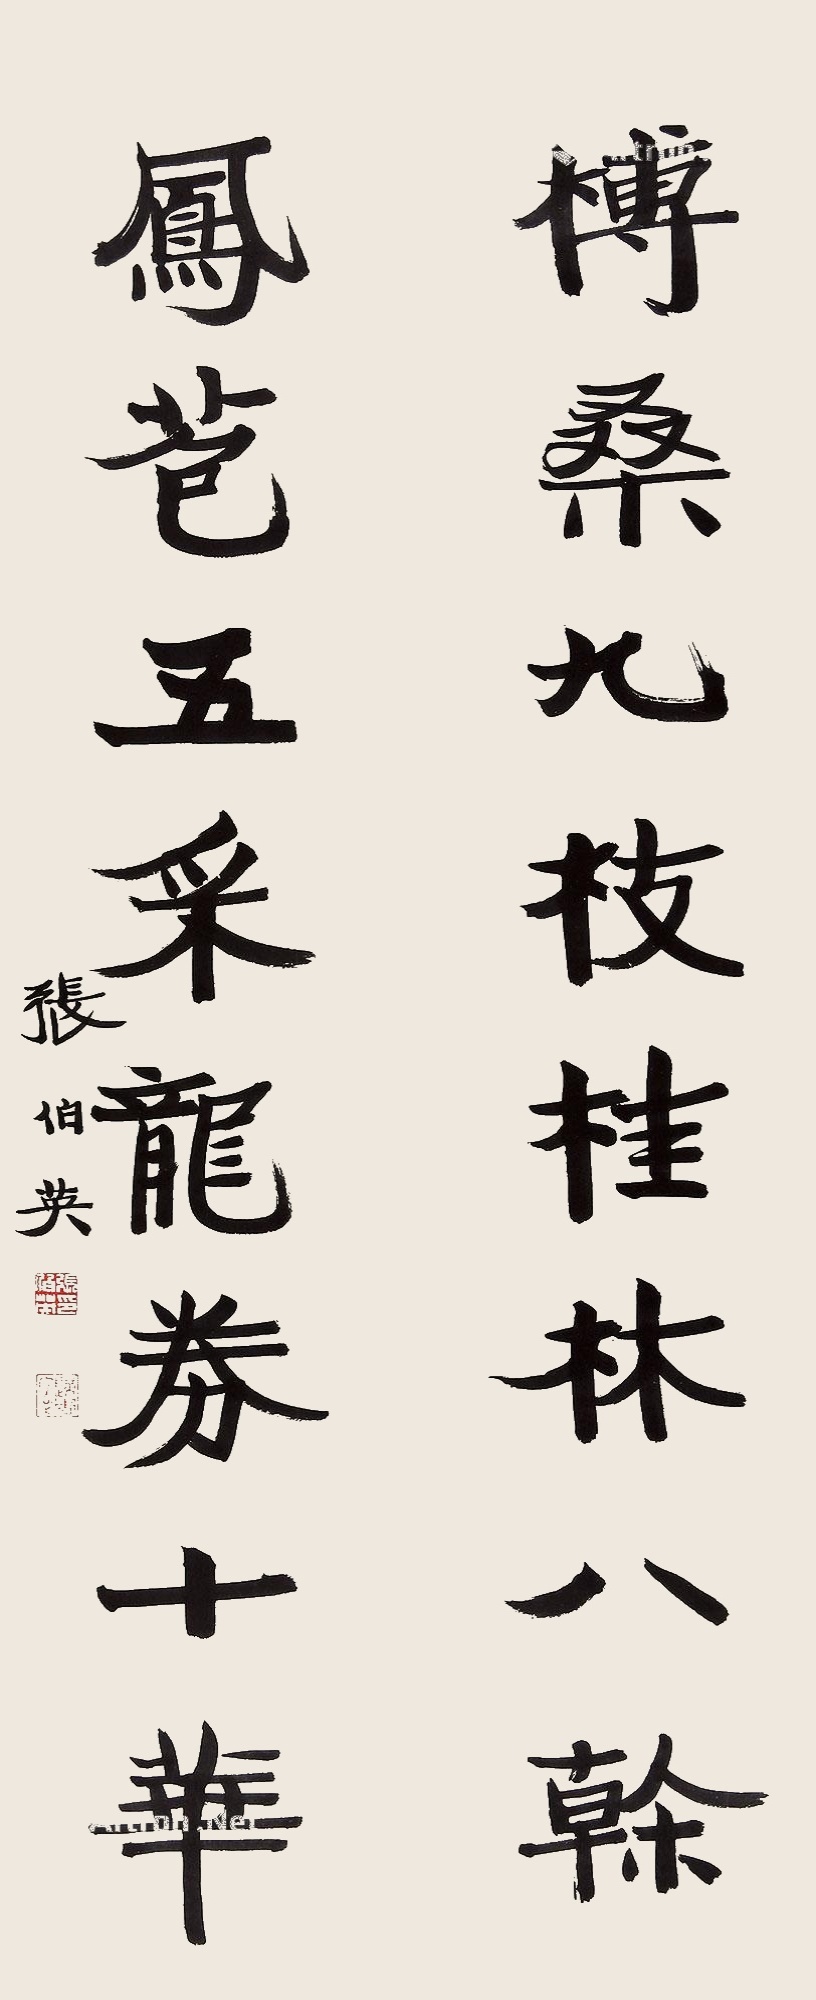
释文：博桑九枝桂林八干，凤苞五采龙券十华。张伯英。